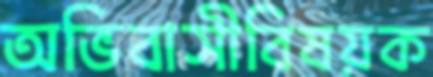
অভিবাসীবিষয়ক